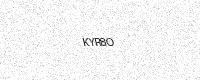
Text: KYR8O